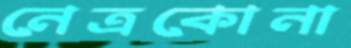
নেত্রকোনা